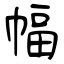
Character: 幅